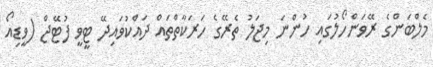
މެލްބަންގެ ރޭވަންހޯލުގައި ހުންނަ މިޖަލު ތެރޭގެ ހަރަކާތްތައް ދައްކުވައިދޭ ޓީވީ ފުޓޭޖް (ވީޑިއޯ